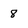
Character: 8